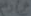
محارم